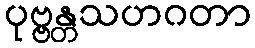
ပုဗ္ဗန္တသဟဂတာ